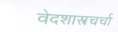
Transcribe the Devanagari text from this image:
वेदशास्त्रचर्चा